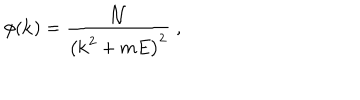
\phi ( { \bf k } ) = { \frac { \cal N } { \bigl ( { \bf k } ^ { 2 } + m E \bigr ) ^ { 2 } } } \; ,